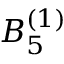
{ B } _ { 5 } ^ { ( 1 ) }